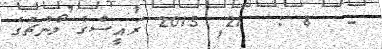
-  8 :  21